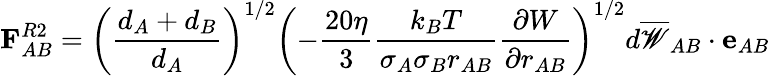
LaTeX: \mathbf{F}_{AB}^{R2}=\left(\frac{d_{A}+d_{B}}{d_{A}}\right)^{1/2}\left(-\frac{20\eta}{3}\frac{k_{B}T}{\sigma_{A}\sigma_{B}r_{AB}}\frac{\partial{W}}{\partial{r_{AB}}}\right)^{1/2}d\overline{{\mathscr{W}}}_{AB}\cdot\mathbf{e}_{AB}